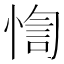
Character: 𢝁